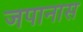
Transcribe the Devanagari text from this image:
जपानास